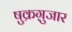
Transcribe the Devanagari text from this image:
षुक्रग़ुजार